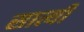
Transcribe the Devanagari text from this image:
सात्यी